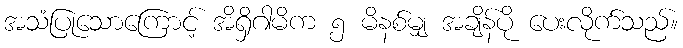
အသံပြုသောကြောင့် အိရှိဂါမိက ၅ မိနစ်မျှ အချိန်ပို ပေးလိုက်သည်။